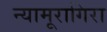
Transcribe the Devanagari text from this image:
न्यामूरागिरा